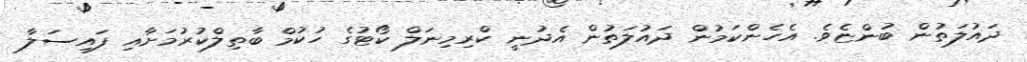
ދައުލަތުން ބުންޏެވެ. އެހެންކަމުން ދައުލަތުން އެދުނީ ކްރިމިނަލް ކޯޓުގެ ހުކުމް ބާތިލްކުރުމަށާއި ފައިސަލާ